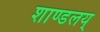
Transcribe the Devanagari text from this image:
शाण्डलय्